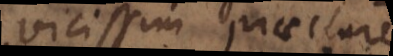
vicissim praec